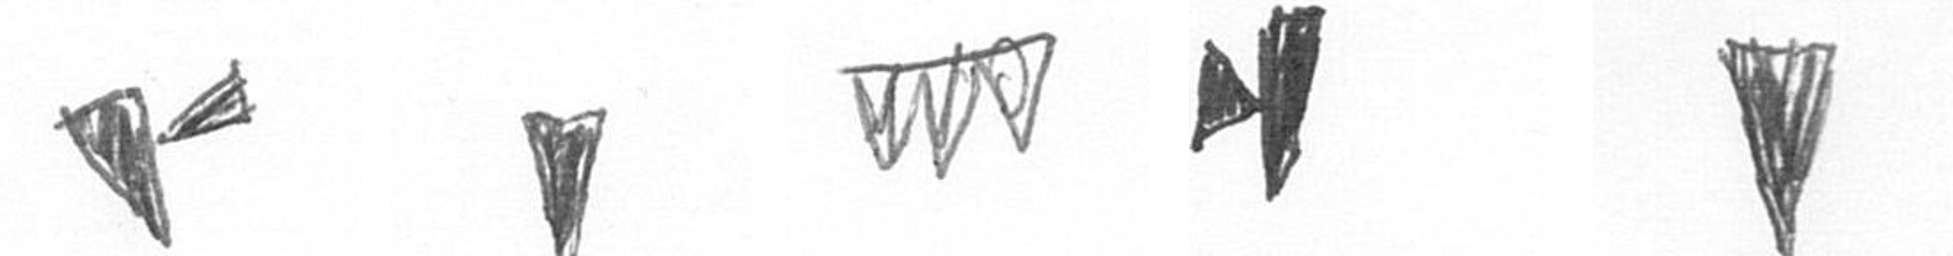
F J L M J